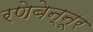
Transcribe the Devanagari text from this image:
रणेबेन्नूर